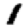
Digit: 1